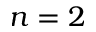
n = 2